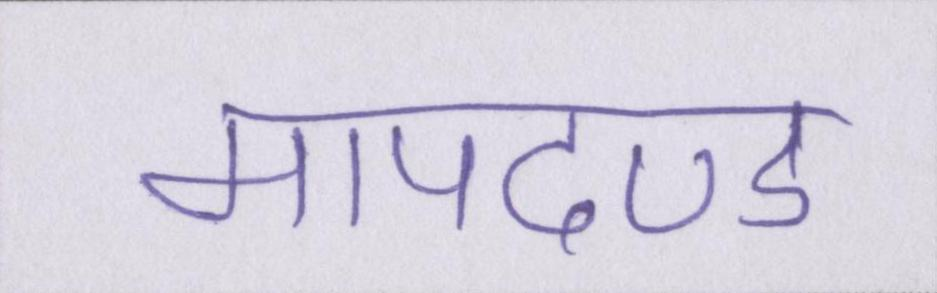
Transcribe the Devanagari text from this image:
मापदण्ड